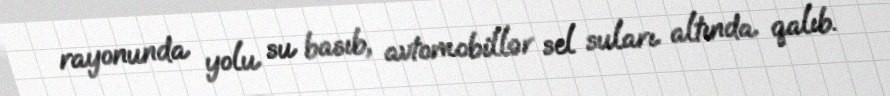
rayonunda yolu su basıb, avtomobillər sel suları altında qalıb.